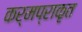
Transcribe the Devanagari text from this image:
कर्मप्राकृत